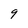
Character: 9